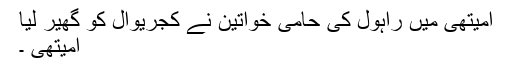
امیتھی میں راہول کی حامی خواتین نے کجریوال کو گھیر لیا
امیتھی ۔